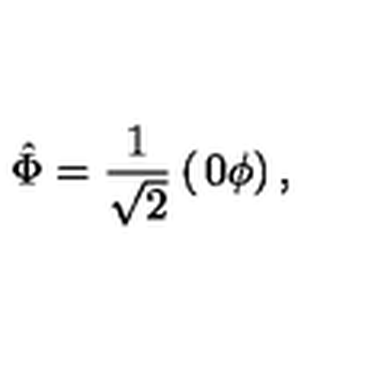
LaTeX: \hat { \Phi } = { \frac { 1 } { \sqrt { 2 } } } \left( \begin{matrix} { 0 } \\ { \phi } \\ \end{matrix} \right) ,